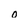
Character: o